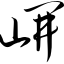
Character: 岍